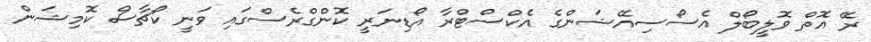
ރޭ އޮތް ވޮލީބޯލް އެސޯސިއޭޝަންގެ އެކްސްޓްރާ އޯޑިނަރީ ކޮންގްރެސްގައި ވަނީ ކޯޗާސް ކޮމިޝަން